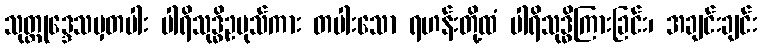
သုတ္တုဒ္ဒေသမှတပါး ပါရိသုဒ္ဓိဥပုသ်ကား တပါးသော ရဟန်းတို့ထံ ပါရိသုဒ္ဓိကြားခြင်း၊ အချင်းချင်း